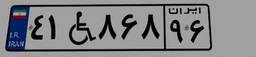
۴۱W۸۶۸۹۶